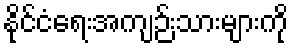
နိုင်ငံရေးအကျဉ်းသားများကို